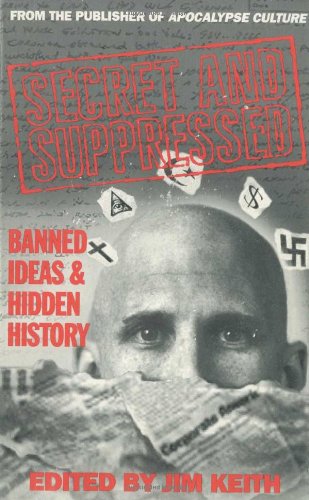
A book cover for Secret and Suppressed: Banned Ideas and Hidden History; Politics & Social Sciences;